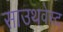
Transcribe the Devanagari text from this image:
साउथवेस्‍ट